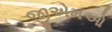
જીએમઓ